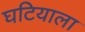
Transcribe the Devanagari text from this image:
घटियाला